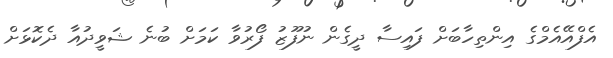
އެފްއޭއެމްގެ އިންތިހާބަށް ފައިސާ ދީގެން ނުފޫޒު ފޯރުވާ ކަމަށް ބުނެ ޝަވީދުއާ ދެކޮޅަށް